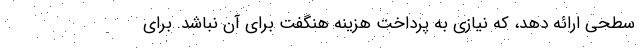
سطحی ارائه دهد، ‌که نیازی به پرداخت هزینه هنگفت برای آن نباشد. برای